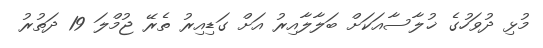
މުޅި ދުވަހުގެ ޚުލާސާއަކަށް ބަލާލާއިރު އަށް ގަޑިއިރު ތެރޭ ޖުމްލަ 19 ދަތުރު